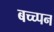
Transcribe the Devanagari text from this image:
बच्च्पन